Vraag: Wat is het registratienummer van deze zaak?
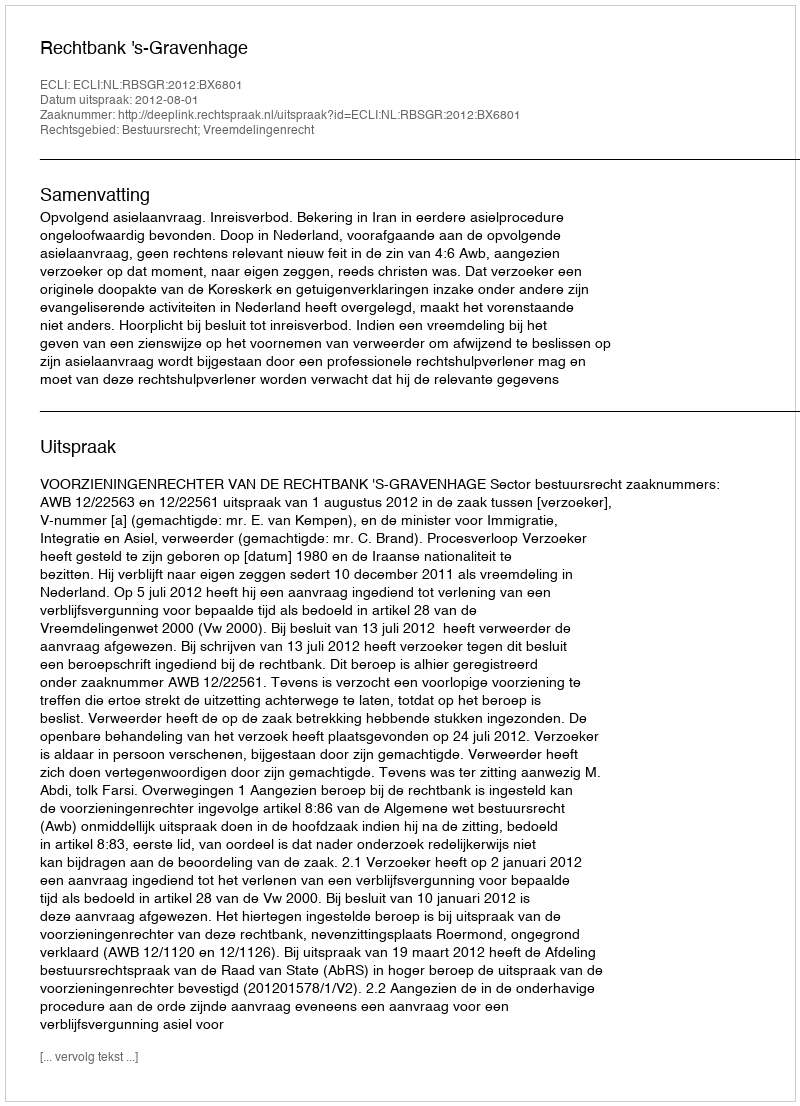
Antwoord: http://deeplink.rechtspraak.nl/uitspraak?id=ECLI:NL:RBSGR:2012:BX6801